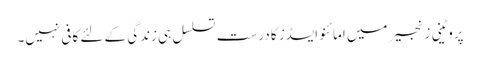
پروٹینی زنجیر میں امائنو ایسڈز کا درست تسلسل ہی زندگی کے لئے کافی نہیں۔